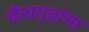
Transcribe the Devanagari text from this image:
चैत्यगृहांचा